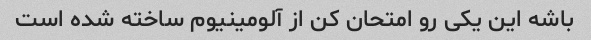
باشه این یکی رو امتحان کن از آلومینیوم ساخته شده است